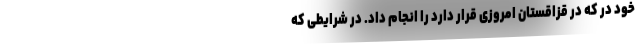
خود در که در قزاقستان امروزی قرار دارد را انجام داد. در شرایطی که